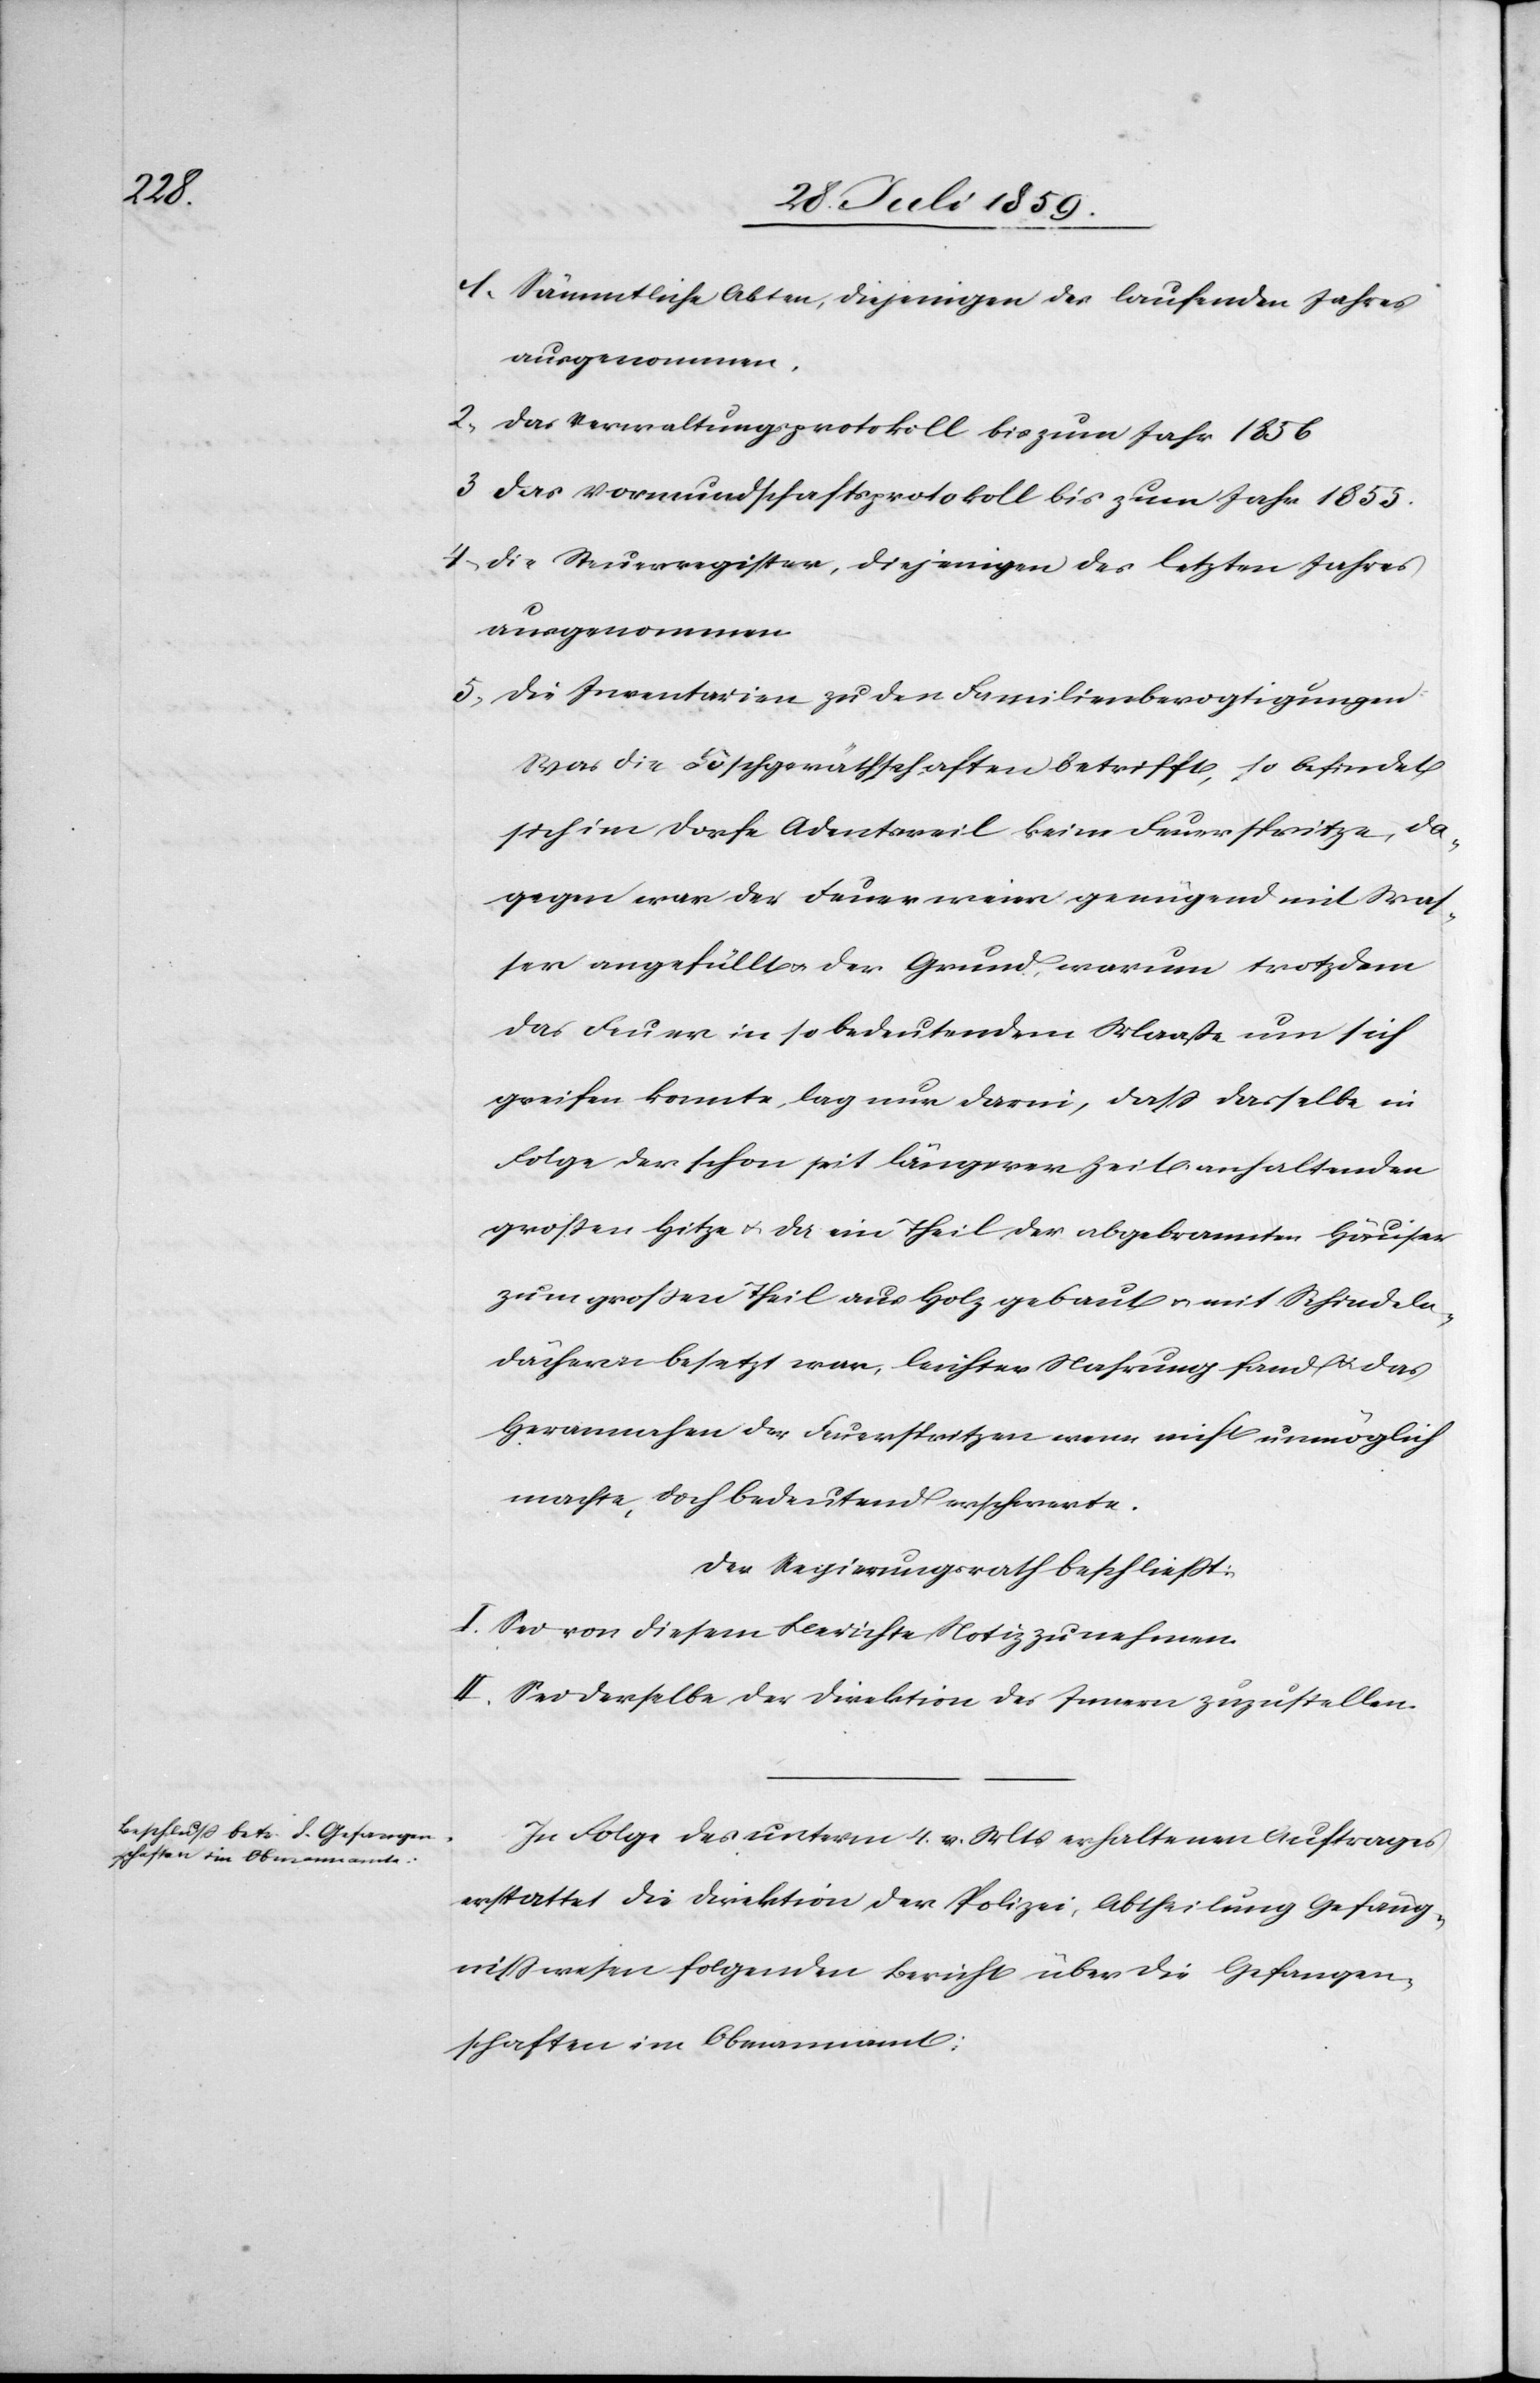
1. Sämmtliche Akten, diejenigen des laufenden Jahres
ausgenommen.
2. Das Verwaltungsprotokoll bis zum Jahr 1856
3. Das Vormundschaftsprotokoll bis zum Jahr 1855.
4. Die Steuerregister, diejenigen des letzten Jahres
ausgenommen.
5. Die Inventarien zu den Familienbevogtigungen
Was die Löschgeräthschaften betrifft, so befindet
sich im Dorfe Adentsweil keine Feuerspritze, da¬
gegen war der Feuerweier genügend mit Was¬
ser angefüllt u. der Grund warum trotzdem
das Feuer in so bedeutendem Maaße um sich
greifen konnte lag nur darin, daß dasselbe in
Folge der schon seit längerer Zeit anhaltenden
großen Hitze u. da ein Theil der abgebrannten Häuser
zum großen Theil aus Holz gebaut u. mit Schindeln¬
dächern besetzt war, leichter Nahrung fand u. das
Herannahen der Feuerspritzen wenn nicht unmöglich
machte, doch bedeutend erschwerte.
Der Regierungsrath beschließt:
I. Sei von diesem Berichte Notiz zu nehmen.
II. Sei derselbe der Direktion des Innern zuzustellen.
In Folge des unterm 4. v. Mts. erhaltenen Auftrages
erstattet die Direktion der Polizei, Abtheilung Gefäng¬
nißwesen folgenden Bericht über die Gefangen¬
schaften im Obmannamt: